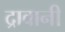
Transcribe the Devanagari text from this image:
द्रावानी